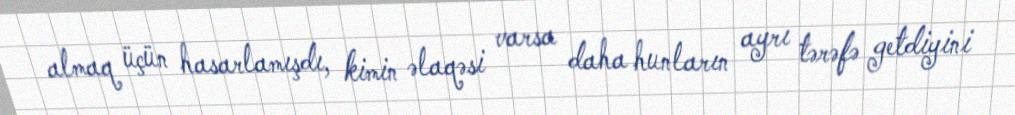
almaq üçün hasarlamışdı, kimin əlaqəsi varsa daha hunların ayrı tərəfə getdiyini